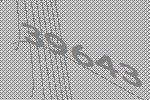
39643